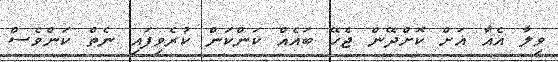
ވިލާ އެއާ އަށް ކޮށްދޭން ޖެހޭ ބައެއް ކަންކަން ކުރެވިފައި ނެތް ކަންވެސް